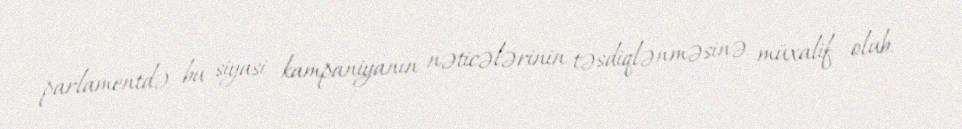
parlamentdə bu siyasi kampaniyanın nəticələrinin təsdiqlənməsinə müxalif olub.